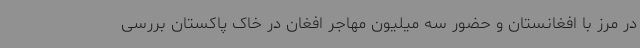
در مرز با افغانستان و حضور سه میلیون مهاجر افغان در خاک پاکستان بررسی